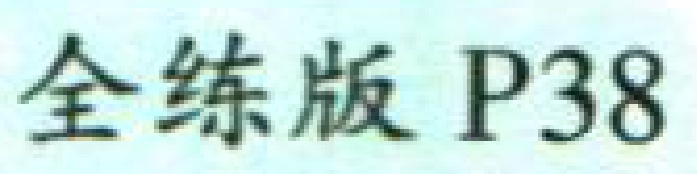
全练版 P38